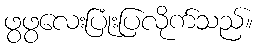
ဖွဖွလေးပြုံးပြလိုက်သည်။